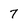
Character: 7